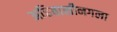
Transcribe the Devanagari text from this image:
अहिवासीनगला